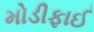
મોડીફાઈ